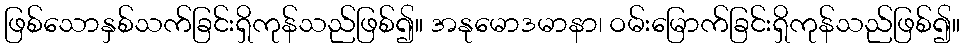
ဖြစ်သောနှစ်သက်ခြင်းရှိကုန်သည်ဖြစ်၍။ အနုမောဒမာနာ၊ ဝမ်းမြောက်ခြင်းရှိကုန်သည်ဖြစ်၍။